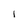
Character: 1